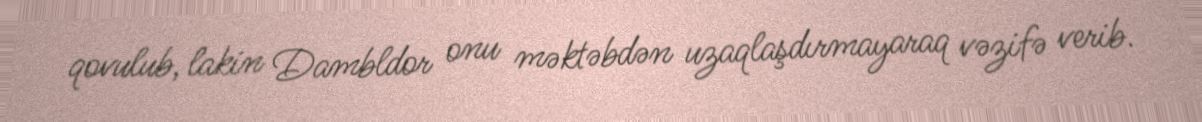
qovulub, lakin Dambldor onu məktəbdən uzaqlaşdırmayaraq vəzifə verib.